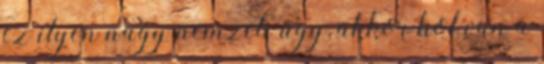
ez ilyen nagy nemzeti ügy, akkor hol van a